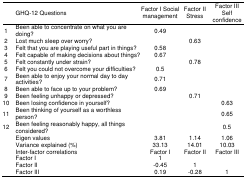
|  | GHQ-12 Questions | Factor I Social management | Factor II Stress | Factor III Self confidence |
 | --- | --- | --- | --- | --- |
 | 1 | Been able to concentrate on what you are doing? | 0.49 |  |  |
 | 2 | Lost much sleep over worry? |  | 0.63 |  |
 | 3 | Felt that you are playing useful part in things? | 0.58 |  |  |
 | 4 | Felt capable of making decisions about things? | 0.67 |  |  |
 | 5 | Felt constantly under strain? |  | 0.78 |  |
 | 6 | Felt you could not overcome your difficulties? | 0.5 |  |  |
 | 7 | Been able to enjoy your normal day to day activities? | 0.71 |  |  |
 | 8 | Been able to face up to your problem? | 0.69 |  |  |
 | 9 | Been feeling unhappy or depressed? |  | 0.71 |  |
 | 10 | Been losing confidence in yourself? |  |  | 0.63 |
 | 11 | Been thinking of yourself as a worthless person? |  |  | 0.65 |
 | 12 | Been feeling reasonably happy, all things considered? |  |  | 0.5 |
 |  | Eigen values | 3.81 | 1.14 | 1.06 |
 |  | Variance explained (%) | 33.13 | 14.01 | 10.03 |
 |  | Inter-factor correlations | Factor I | Factor II | Factor III |
 |  | Factor I | 1 |  |  |
 |  | Factor II | -0.45 | 1 |  |
 |  | Factor III | 0.19 | -0.28 | 1 |